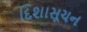
દિશાસૂચન